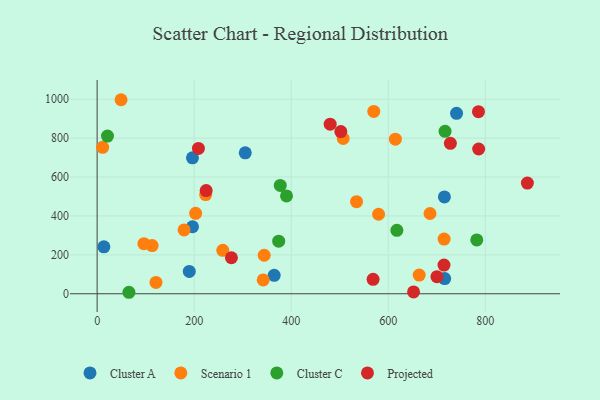
{"axis": {"x": "Ad Spend", "y": "Demand"}, "legend": ["Cluster A", "Cluster C", "Projected", "Scenario 1"], "data": [{"x": "196.5", "y": 698.6, "type": "Cluster A"}, {"x": "740.8", "y": 927.3, "type": "Cluster A"}, {"x": "716.3", "y": 77.9, "type": "Cluster A"}, {"x": "715.8", "y": 497.5, "type": "Cluster A"}, {"x": "13.9", "y": 241.0, "type": "Cluster A"}, {"x": "305.3", "y": 724.6, "type": "Cluster A"}, {"x": "189.9", "y": 114.9, "type": "Cluster A"}, {"x": "364.9", "y": 94.6, "type": "Cluster A"}, {"x": "196.6", "y": 344.5, "type": "Cluster A"}, {"x": "570.2", "y": 937.4, "type": "Scenario 1"}, {"x": "686.1", "y": 412.5, "type": "Scenario 1"}, {"x": "203.0", "y": 413.2, "type": "Scenario 1"}, {"x": "614.7", "y": 794.4, "type": "Scenario 1"}, {"x": "121.3", "y": 58.3, "type": "Scenario 1"}, {"x": "113.3", "y": 247.7, "type": "Scenario 1"}, {"x": "580.1", "y": 408.7, "type": "Scenario 1"}, {"x": "259.0", "y": 223.4, "type": "Scenario 1"}, {"x": "663.8", "y": 95.8, "type": "Scenario 1"}, {"x": "11.3", "y": 752.7, "type": "Scenario 1"}, {"x": "96.4", "y": 257.4, "type": "Scenario 1"}, {"x": "507.2", "y": 798.1, "type": "Scenario 1"}, {"x": "49.3", "y": 997.4, "type": "Scenario 1"}, {"x": "715.2", "y": 281.2, "type": "Scenario 1"}, {"x": "223.7", "y": 509.7, "type": "Scenario 1"}, {"x": "342.3", "y": 71.1, "type": "Scenario 1"}, {"x": "179.2", "y": 327.9, "type": "Scenario 1"}, {"x": "344.3", "y": 197.9, "type": "Scenario 1"}, {"x": "534.7", "y": 473.4, "type": "Scenario 1"}, {"x": "390.3", "y": 503.0, "type": "Cluster C"}, {"x": "377.4", "y": 557.1, "type": "Cluster C"}, {"x": "374.2", "y": 270.4, "type": "Cluster C"}, {"x": "782.5", "y": 276.5, "type": "Cluster C"}, {"x": "617.8", "y": 326.3, "type": "Cluster C"}, {"x": "65.5", "y": 7.6, "type": "Cluster C"}, {"x": "717.1", "y": 835.2, "type": "Cluster C"}, {"x": "21.3", "y": 810.4, "type": "Cluster C"}, {"x": "276.8", "y": 185.0, "type": "Projected"}, {"x": "208.8", "y": 747.1, "type": "Projected"}, {"x": "886.8", "y": 568.7, "type": "Projected"}, {"x": "714.9", "y": 147.3, "type": "Projected"}, {"x": "480.3", "y": 871.8, "type": "Projected"}, {"x": "502.3", "y": 833.7, "type": "Projected"}, {"x": "786.0", "y": 935.8, "type": "Projected"}, {"x": "652.2", "y": 9.5, "type": "Projected"}, {"x": "728.1", "y": 773.2, "type": "Projected"}, {"x": "568.8", "y": 74.3, "type": "Projected"}, {"x": "224.7", "y": 530.4, "type": "Projected"}, {"x": "700.4", "y": 88.0, "type": "Projected"}, {"x": "786.4", "y": 744.1, "type": "Projected"}]}